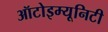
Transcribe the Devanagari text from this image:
ऑटोइम्यूनिटी